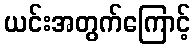
ယင်းအတွက်ကြောင့်